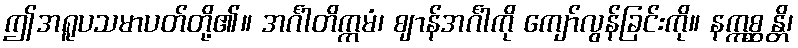
ဤအရူပသမာပတ်တို့၏။ အင်္ဂါတိက္ကမံ၊ ဈာန်အင်္ဂါကို ကျော်လွန်ခြင်းကို။ နဣစ္ဆန္တိ၊